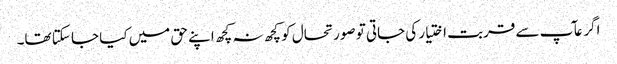
اگر عآپ سے قربت اختیار کی جاتی تو صورتحال کو کچھ نہ کچھ اپنے حق میں کیا جا سکتا تھا۔